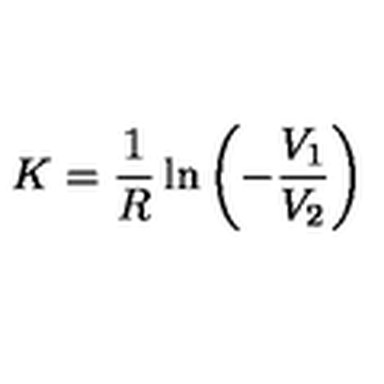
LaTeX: K = \frac { 1 } { R } \ln \left( - \frac { V _ { 1 } } { V _ { 2 } } \right)